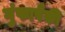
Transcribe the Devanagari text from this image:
गुंफापैकी